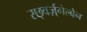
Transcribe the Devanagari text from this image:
स्छ्वर्ज़्गेल्बेन